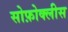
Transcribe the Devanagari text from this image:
सोफ़ोक्लीस